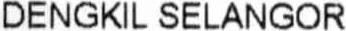
DENGKIL SELANGOR